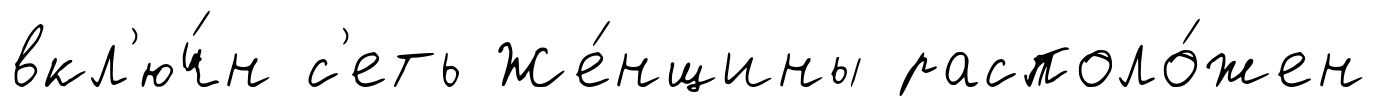
вкл'юч́н с'еть Же́нщины располо́жен